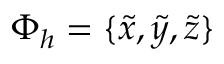
\Phi _ { h } = \{ \widetilde { x } , \widetilde { y } , \widetilde { z } \}